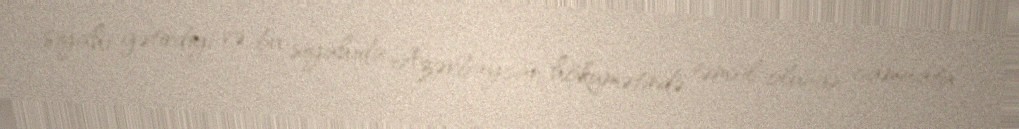
siyahı gətirdiyi və bu siyahıda Azərbaycan hökumətində təmsil olunan camaata